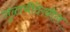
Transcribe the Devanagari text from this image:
गुळाचीदेखील